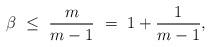
LaTeX: \begin{align*} \beta\ \le \ \frac{m}{m-1}\ =\ 1+\frac{1}{m-1},\end{align*}